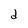
Character: d